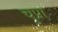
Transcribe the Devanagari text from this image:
चुप्रा